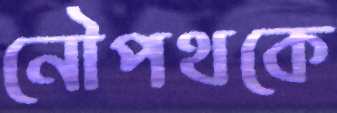
নৌপথকে